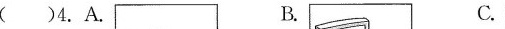
( )4.A. B. C.